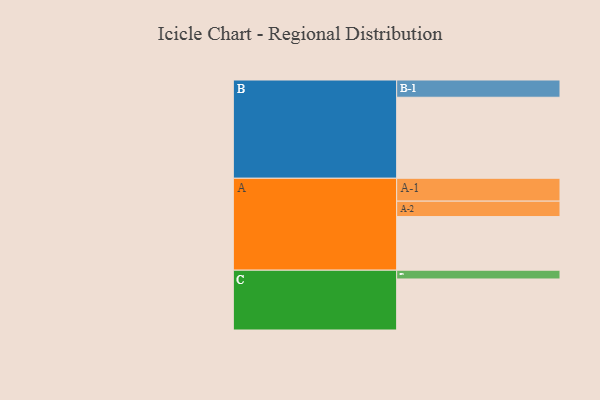
{"axis": {"x": "Segment", "y": "Value"}, "legend": ["", "A", "B", "C"], "data": [{"x": "A", "y": 354, "type": ""}, {"x": "B", "y": 535, "type": ""}, {"x": "C", "y": 337, "type": ""}, {"x": "A-1", "y": 151, "type": "A"}, {"x": "A-2", "y": 102, "type": "A"}, {"x": "B-1", "y": 114, "type": "B"}, {"x": "C-1", "y": 58, "type": "C"}]}